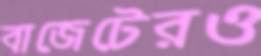
বাজেটেরও